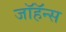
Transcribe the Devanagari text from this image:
जॉहॅन्स